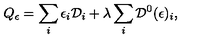
Q _ { \epsilon } = \sum _ { i } \epsilon _ { i } { \cal D } _ { i } + \lambda \sum _ { i } { \cal D } ^ { 0 } ( \epsilon ) _ { i } ,